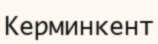
Керминкент